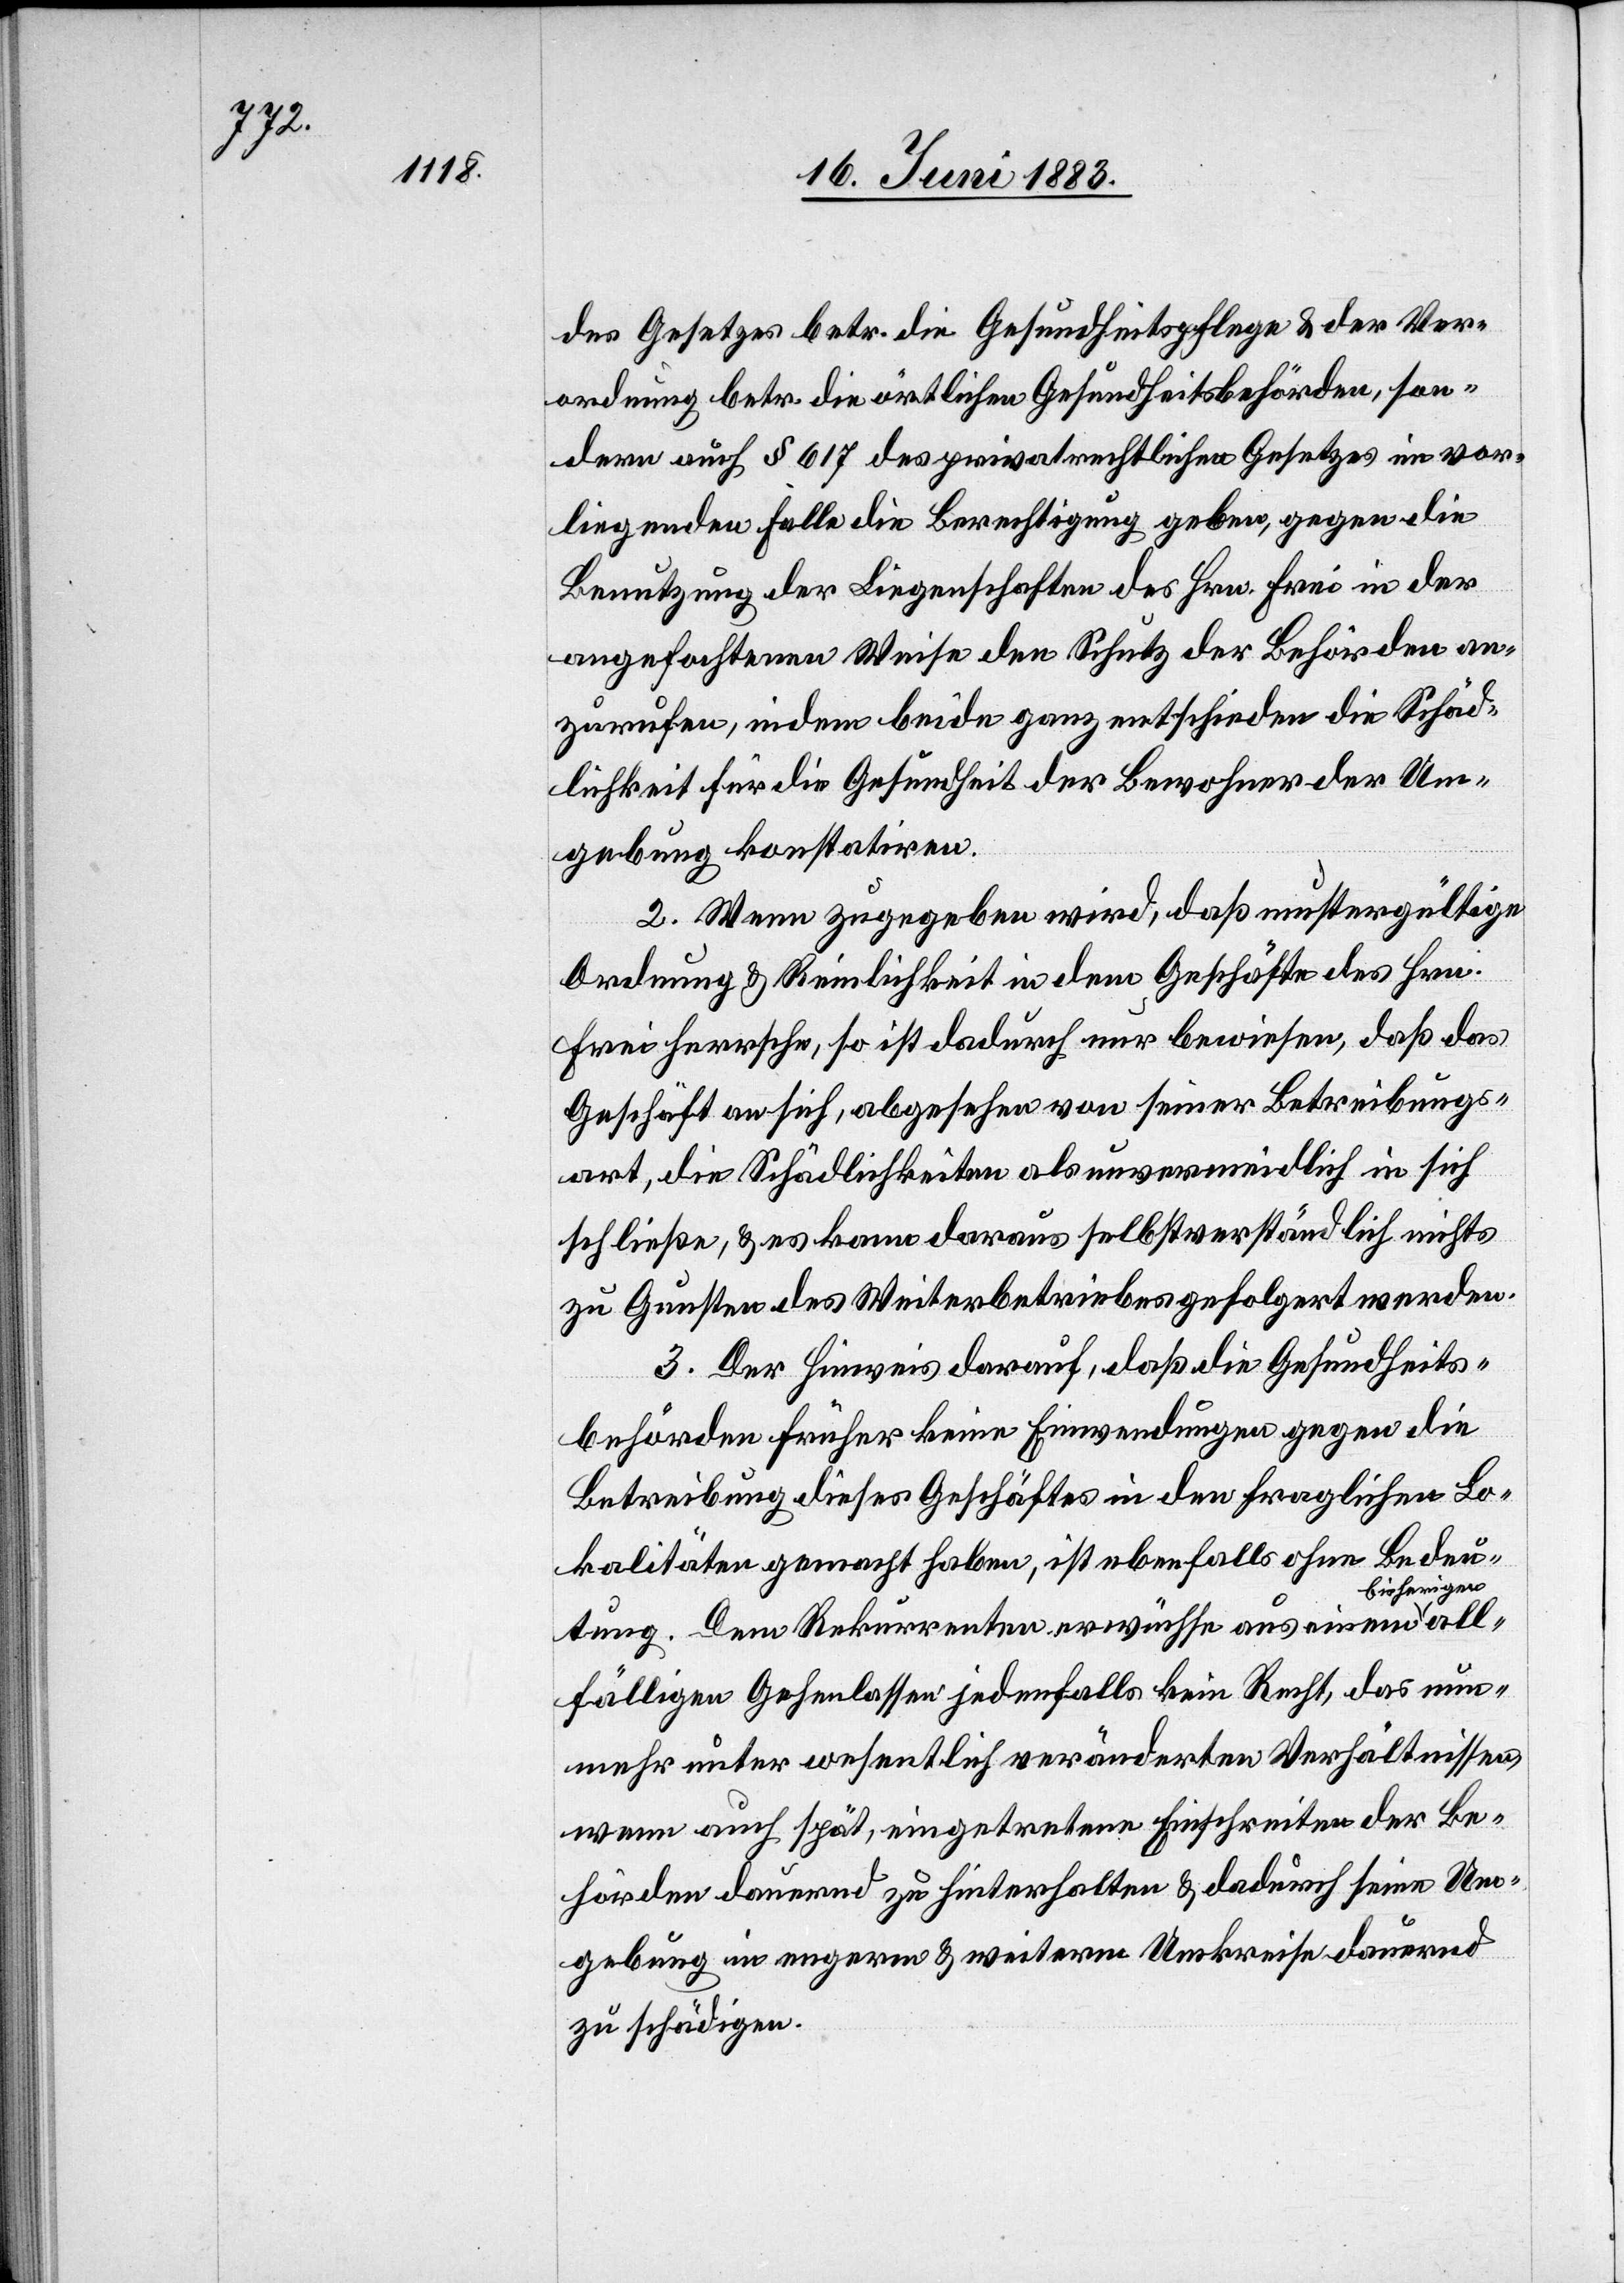
des Gesetzes betr. die Gesundheitspflege & der Ver¬
ordnung betr. die örtlichen Gesundheitsbehörden, son¬
dern auch § 617 des privatrechtlichen Gesetzes im vor¬
liegenden Falle die Berechtigung geben, gegen die
Benutzung der Liegenschaften des Hrn. Frei in der
angefochtenen Weise den Schutz der Behörden an¬
zurufen, indem beide ganz entschieden die Schäd¬
lichkeit für die Gesundheit der Bewohner der Um¬
gebung konstatiren.
2. Wenn zugegeben wird, daß mustergültige
Ordnung & Reinlichkeit in dem Geschäfte des Hrn.
Frei herrsche, so ist dadurch nur bewiesen, daß das
Geschäft an sich, abgesehen von seiner Betreibungs¬
art, die Schädlichkeiten als unvermeidlich in sich
schließe, & es kann daraus selbstverständlich nichts
zu Gunsten des Weiterbetriebes gefolgert werden.
3. Der Hinweis darauf, daß die Gesundheits¬
behörde früher keine Einwendungen gegen die
Betreibung dieses Geschäftes in den fraglichen Lo¬
kalitäten gemacht haben, ist ebenfalls ohne Bedeu¬
bisherigen
tung. Dem Rekurrenten erwüchse aus einem
allfälligen Gehenlassen jedenfalls kein Recht, das nun¬
mehr unter wesentlich veränderten Verhältnissen,
wenn auch spät, eingetretene Einschreiten der Be¬
hörde dauernd zu hinterhalten & dadurch seine Um¬
gebung in engerm & weiterm Umkreise dauernd
zu schädigen.